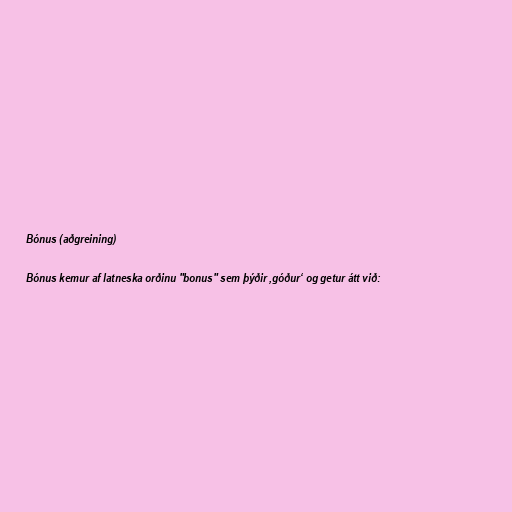
Bónus (aðgreining)

Bónus kemur af latneska orðinu "bonus" sem þýðir ‚góður‘ og getur átt við: